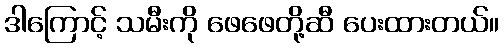
ဒါကြောင့် သမီးကို ဖေဖေတို့ဆီ ပေးထားတယ်။